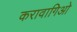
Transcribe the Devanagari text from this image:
करावागिओ